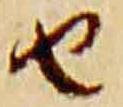
由